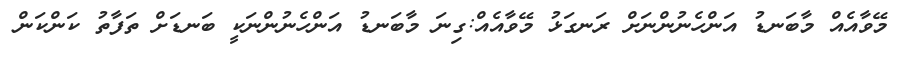
މޭވާއެއް މާބަނޑު އަންހެނުންނަށް ރަނގަޅު މޭވާއެއް:ގިނަ މާބަނޑު އަންހެނުންނަކީ ބަނޑަށް ތަފާތު ކަންކަން